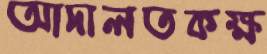
আদালতকক্ষ